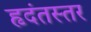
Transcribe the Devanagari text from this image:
हृदंतस्तर